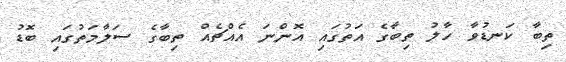
ތިބާ ކަނޑުވާ ހާލު ތިބާގެ އަތުގައި އޮންނަ އެއްޗެއް ތިބާގެ ސަލާމަތުގައި ބޮޑު